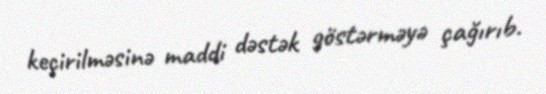
keçirilməsinə maddi dəstək göstərməyə çağırıb.